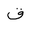
Letter: _qaf